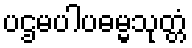
ပဌမပါပဓမ္မသုတ္တံ